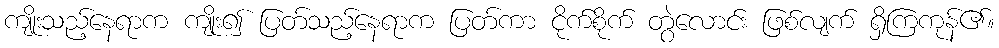
ကျိုးသည့်နေရာက ကျိုး၍ ပြတ်သည့်နေရာက ပြတ်ကာ ငိုက်စိုက် တွဲလောင်း ဖြစ်လျက် ရှိကြကုန်၏။